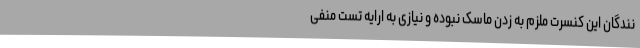
نندگان این کنسرت ملزم به زدن ماسک نبوده و نیازی به ارایه تست منفی